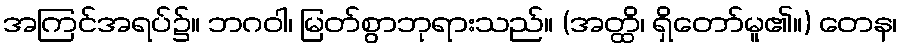
အကြင်အရပ်၌။ ဘဂဝါ၊ မြတ်စွာဘုရားသည်။ (အတ္ထိ၊ ရှိတော်မူ၏။) တေန၊